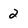
Character: 2